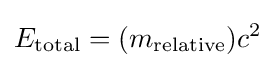
E_{\mathrm {total} }=(m_{\mathrm {relative} })c^{2}\!